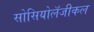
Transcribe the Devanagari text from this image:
सोसियोलॅजीकल